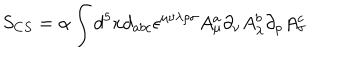
LaTeX: S _ { C S } = \alpha \int d ^ { 5 } x d _ { a b c } \epsilon ^ { \mu \nu \lambda \rho \sigma } A _ { \mu } ^ { a } \partial _ { \nu } A _ { \lambda } ^ { b } \partial _ { \rho } A _ { \sigma } ^ { c }